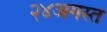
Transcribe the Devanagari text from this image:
२४अगस्त